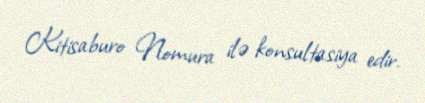
Kitisaburo Nomura ilə konsultasiya edir.